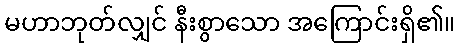
မဟာဘုတ်လျှင် နီးစွာသော အကြောင်းရှိ၏။